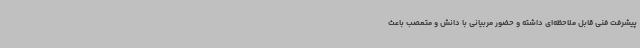
پیشرفت فنی قابل ملاحظه‌ای داشته و حضور مربیانی با دانش و متعصب باعث